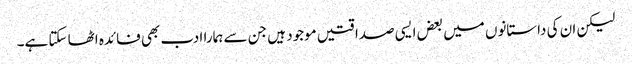
لیکن ان کی داستانوں میں بعض ایسی صداقتیں موجود ہیں جن سے ہمارا ادب بھی فائدہ اٹھا سکتا ہے۔